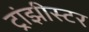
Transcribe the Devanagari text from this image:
ट्रांझीस्टर